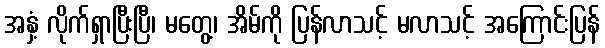
အနှံ့ လိုက်ရှာပြီးပြီ၊ မတွေ့၊ အိမ်ကို ပြန်လာသင့် မလာသင့် အကြောင်းပြန်